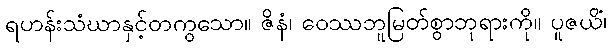
ရဟန်းသံဃာနှင့်တကွသော။ ဇိနံ၊ ဝေဿဘူမြတ်စွာဘုရားကို။ ပူဇယိံ၊